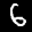
Label: 6